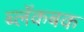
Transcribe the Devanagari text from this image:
ब्लॅकबक